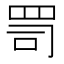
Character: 𦊛